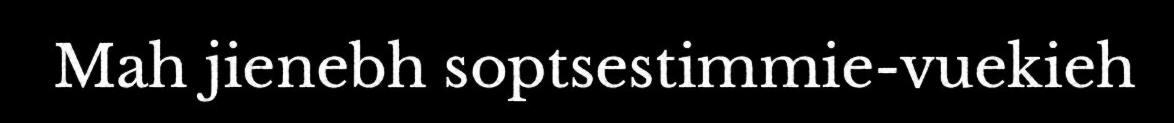
Mah jienebh soptsestimmie-vuekieh